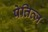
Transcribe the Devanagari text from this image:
पेतित्ज़